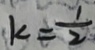
k = \frac { 1 } { 2 }